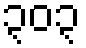
၃၀၃